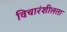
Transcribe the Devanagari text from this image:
विचारंशीलता